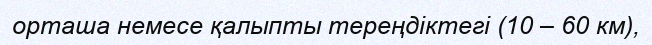
орташа немесе қалыпты тереңдіктегі (10 – 60 км),